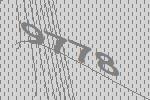
9778